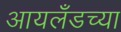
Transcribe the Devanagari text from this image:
आयलँडच्या